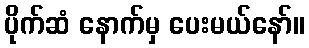
ပိုက်ဆံ နောက်မှ ပေးမယ်နော်။